Report on vaccination in Madras 1904-1921 - 1904-1921
Year: 1904
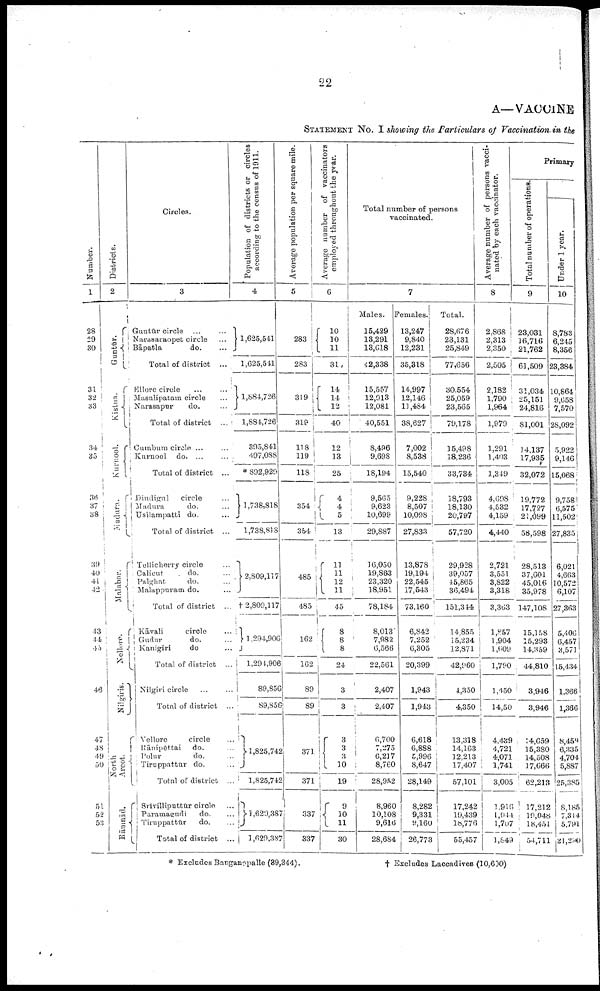
22
A—VACCINE
STATEMENT No. I showing the Particulars of Vaccination in the
Number.
1
28
29
30
31
32
33
34
35
36
37
38
39
40
41
42
43
44
45
46
47
48
49
50
51
52
53
Districts.
2
Guntūr.
Kistna.
Kurnool.
Madura.
Malabar.
Nellore.
Nilgiris.
North
Arcot.
Rāmnād.
Circles.
3
Guntūr circle ... ...
Narasaraopet circle ...
Bāpatla
do. ...
Total of district ...
Ellore circle ... ...
Masulipatam circle ...
Narasapur
do. ...
Total of district ...
Cumbum circle ... ...
Kurnool do. ... ...
Total of district ...
Dindigul
circle ...
Madura
do. ...
Usilampatti do. ...
Total of district ...
Tellicherry circle ...
Calicut
do. ...
Palghat
do. ...
Malappuram do. ...
Total of district ...
Kāvali
circle ...
Gudur
do. ...
Kanigiri
do ...
Total of district ...
Nilgiri circle ... ...
Total of district ...
Vellore
circle ...
Kānipēttai do. ...
Polur
do. ...
Tiruppattur
do. ...
Total of district ...
Srivilliputtūr circle ...
Paramagudi
do. ...
Tiruppattūr
do. ...
Total of district ...
Population of districts or circles
according to the census of 1911.
4
1,625,541
1,625,541
1,884,726
1,884,726
395,841
497,088
* 892,929
1,738,818
1,738,818
2,809,117
† 2,809,117
1,294,906
1,294,906
89,856
89,856
1,825,742
1,825,742
1,629,387
1,629,387
Average population per square mile.
5
283
283
319
319
118
119
118
354
354
485
485
162
162
89
89
371
371
337
337
Average number of vaccinators
employed throughout the year.
6
10
10
11
31
14
14
12
40
12
13
25
4
4
5
13
11
11
12
11
45
8
8
8
24
3
3
3
3
3
10
19
9
10
11
30
Total number of persons
vaccinated.
7
Males.
15,429
13,291
13,618
42,338
15,557
12,913
12,081
40,551
8,496
9,698
18,194
9,565
9,623
10,699
29,887
16,050
19,863
23,320
18,951
78,184
8,013
7,982
6,566
22,561
2,407
2,407
6,700
7,275
6,217
8,760
28,952
8,960
10,108
9,616
28,684
Females.
13,247
9,840
12,231
35,318
14,997
12,146
11,484
38,627
7,002
8,538
15,540
9,228
8,507
10,098
27,833
13,878
19,194
22,545
17,543
73,160
6,842
7,252
6,305
20,399
1,943
1,943
6,618
6,888
5,996
8,647
28,149
8,282
9,331
9,160
26,773
Total.
28,676
23,131
25,849
77,656
30,554
25,059
23,565
79,178
15,498
18,236
33,734
18,793
18,130
20,797
57,720
29,928
39,057
45,865
36,494
151,344
14,855
15,234
12,871
42,960
4,350
4,350
13,318
14,163
12,213
17,407
57,101
17,242
19,439
18,776
55,457
Average number of persons vacci
nated by each vaccinator.
8
2,868
2,313
2,350
2,505
2,182
1,790
1,964
1,979
1,291
1,403
1,349
4,698
4,532
4,159
4,440
2,721
3,551
3,822
3,318
3,363
1,857
1,904
1,609
1,790
1,450
14,50
4,439
4,721
4,071
1,741
3,005
1,916
1,944
l,707
1,849
Primary
Total number of operations.
9
23,031
16,716
21,762
61,509
31,034
25,151
24,816
81,001
14,137
17,935
32,072
19,772
17,727
21,099
58,598
28,513
37,601
45,016
35,978
147,108
15,158
15,293
14,359
44,810
3,946
3,946
14,659
15,380
14,508
17,666
62,213
17,212
19,048
18,451
54,711
Under 1 year.
10
8,783
6,245
8,356
23,384
10,864
9,658
7,570
28,092
5,922
9,146
15,068
9,758
6,575
11,502
27,835
6,021
4,663
10,572
6,107
27,363
5,406
6,457
3,571
15,434
1,366
1,366
8,459
6,335
4,704
5,887
25,385
8,185
7,314
5,791
21,200
* Excludes Banganopalle (39,344).
† Excludes Laccadives (10,600)